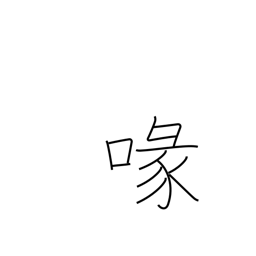
Meaning: beak